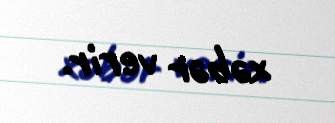
xəbər verir.